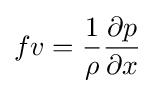
fv={\frac {1}{\rho }}{\frac {\partial p}{\partial x}}